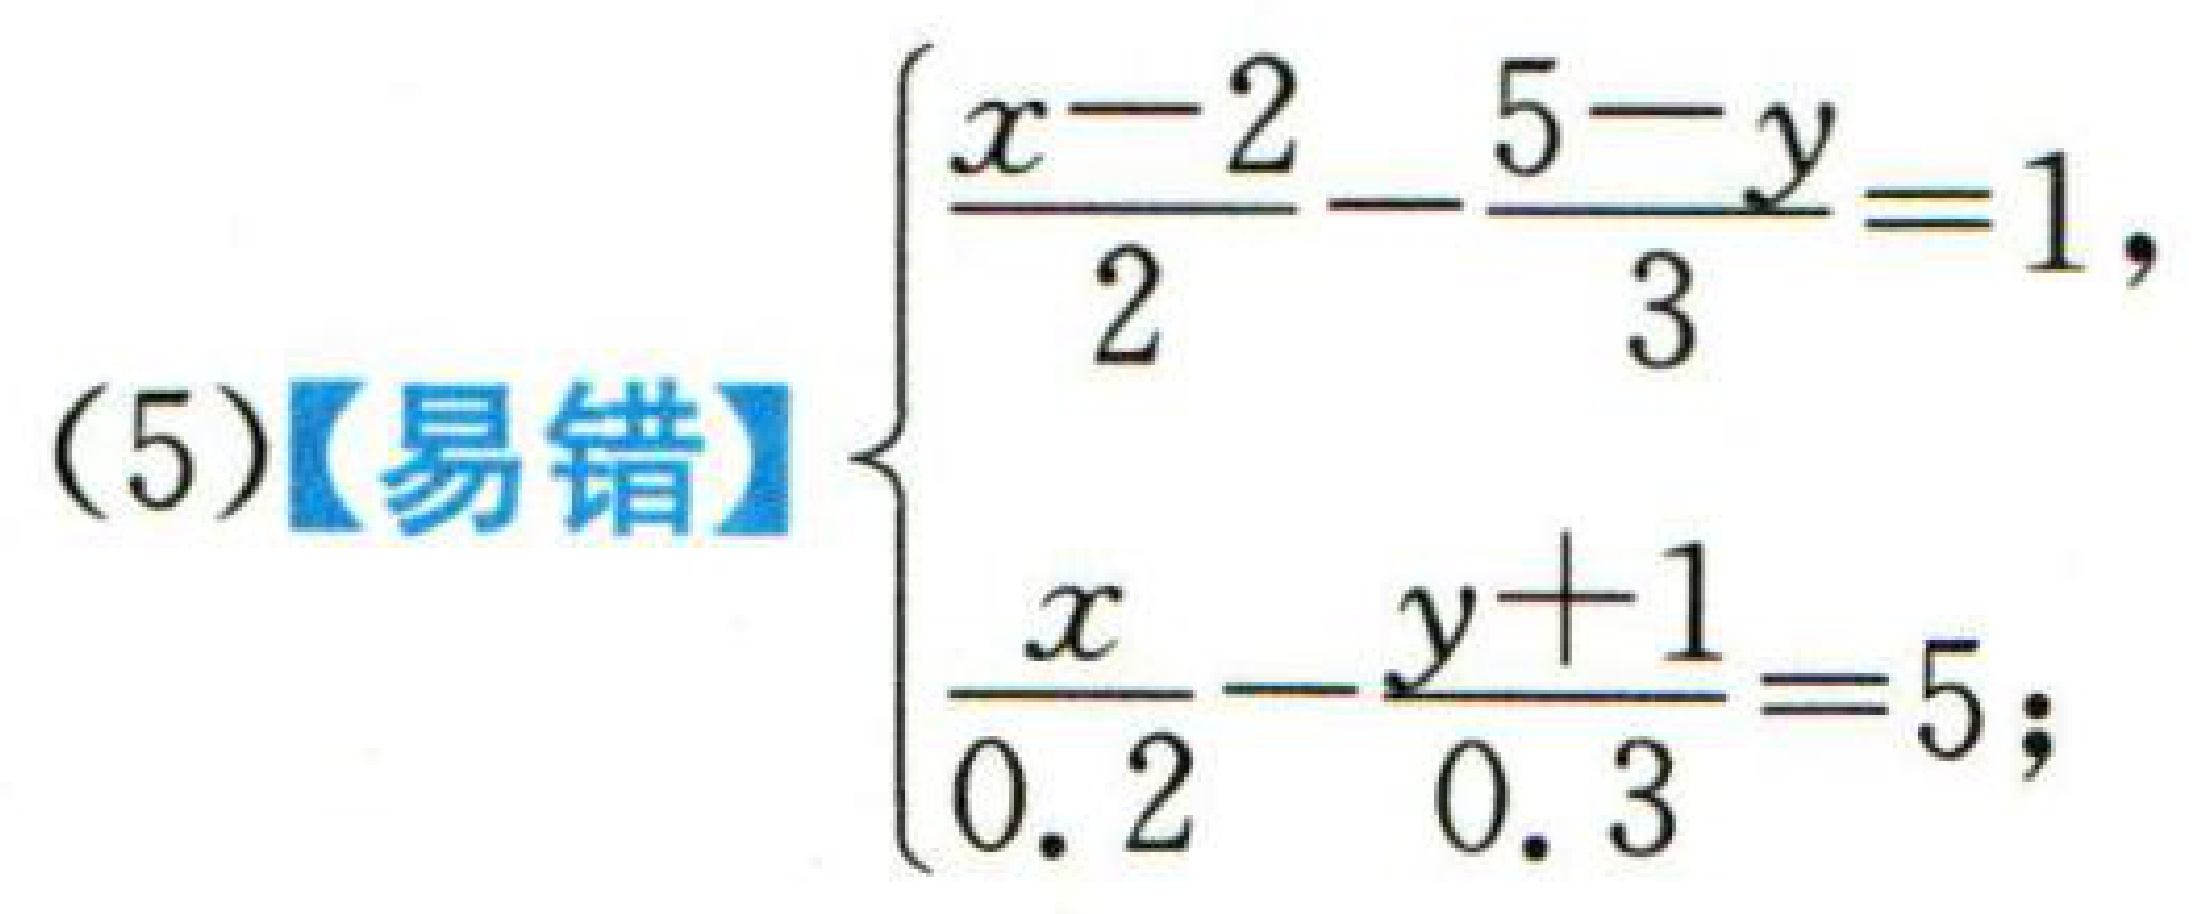
(5)【易错】$\begin{cases}\frac{x - 2}{2}-\frac{5 - y}{3}=1,\\\frac{x}{0.2}-\frac{y + 1}{0.3}=5;\end{cases}$